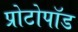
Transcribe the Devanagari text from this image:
प्रोटोपॉड